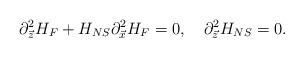
LaTeX: \begin{align*}\partial^{2}_{\vec{z}}H_{F}+H_{NS}\partial^{2}_{\vec{x}}H_{F}=0, \ \ \ \partial^2_{\vec{z}}H_{NS}=0.\end{align*}